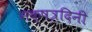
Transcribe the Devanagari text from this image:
नक्षत्रदिनी